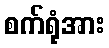
စက်ရုံအား